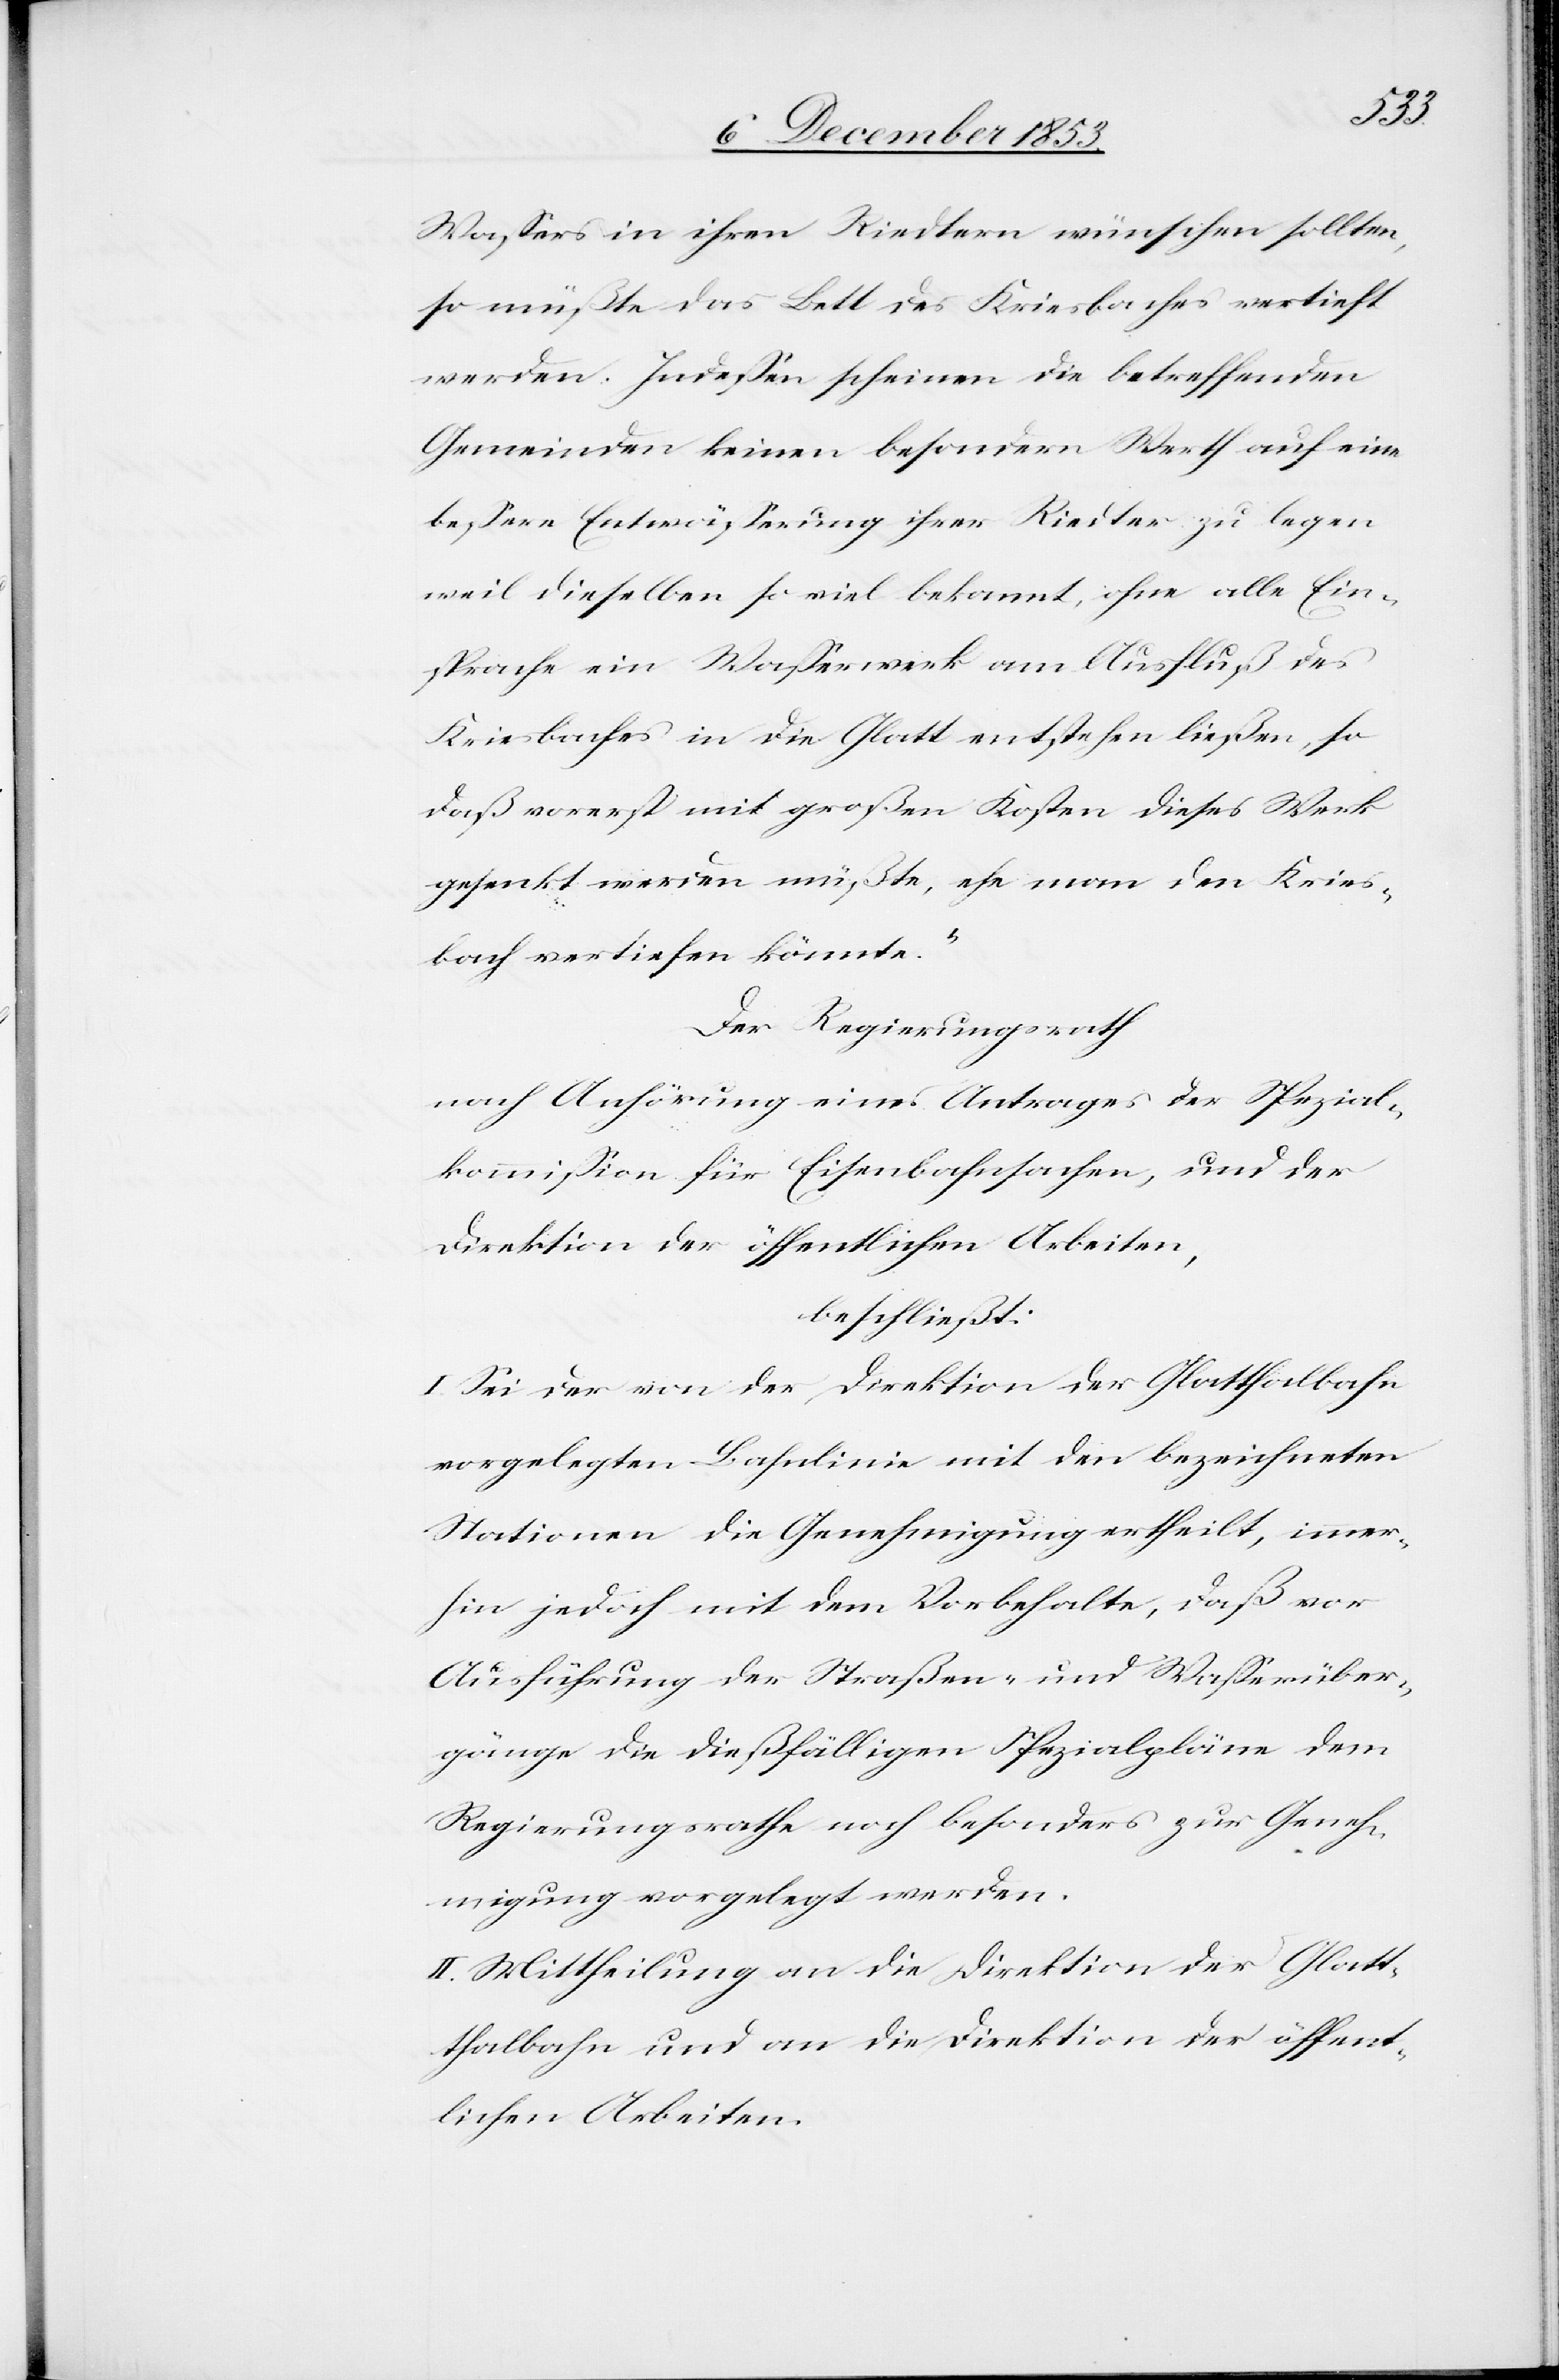
Waßers in ihren Riedtern wünschen sollten,
so müßte das Bett des Kriesbaches vertieft
werden. Indeßen scheinen die betreffenden
Gemeinden keinen besondern Werth auf eine
beßere Entwäßerung ihrer Riedter zu legen
weil dieselben so viel bekannt, ohne alle Ein¬
sprache ein Waßerwerk am Ausfluß des
Kriesbaches in die Glatt entstehen ließen, so
daß vorerst mit großen Kosten dieses Werk
gesenkt werden müßte, ehe man den Kries¬
bach vertiefen könnte.“
Der Regierungsrath
nach Anhörung eines Antrages der Spezial¬
kommißion für Eisenbahnsachen, und der
Direktion der öffentlichen Arbeiten,
beschließt:
I. Sei der von der Direktion der Glatthalbahn
vorgelegten Bahnlinie mit den bezeichneten
Stationen die Genehmigung ertheilt, immer¬
hin jedoch mit dem Vorbehalte, daß vor
Ausführung der Straßen- und Waßerüber¬
gänge die dießfälligen Spezialpläne dem
Regierungsrathe noch besonders zur Geneh¬
migung vorgelegt werden.
II. Mittheilung an die Direktion der Glat¬
thalbahn und an die Direktion der öffent¬
lichen Arbeiten.